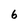
Character: 6